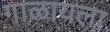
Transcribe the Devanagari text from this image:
गाळायला